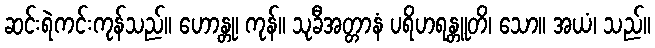
ဆင်းရဲကင်းကုန်သည်။ ဟောန္တု၊ ကုန်။ သုခီအတ္တာနံ ပရိဟရန္တူတိ၊ သော။ အယံ၊ သည်။